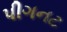
પીગનટ